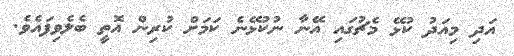
އަދި މިއަދު ކުޅޭ މެޗުގައި އޭނާ ނުކުޅޭނެ ކަމަށް ކުރިން އޮތީ ބެލެވިފައެވެ.